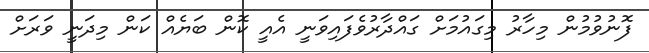
ފޮނުވުމުން މިހާރު މިގައުމަށް ގައްދާރުވެފައިވަނީ އެއީ ކޮން ބަޔެއް ކަން މިދަނީ ވަރަށް